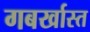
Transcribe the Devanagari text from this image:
गबर्खास्‍त